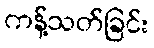
ကန့်သတ်ခြင်း